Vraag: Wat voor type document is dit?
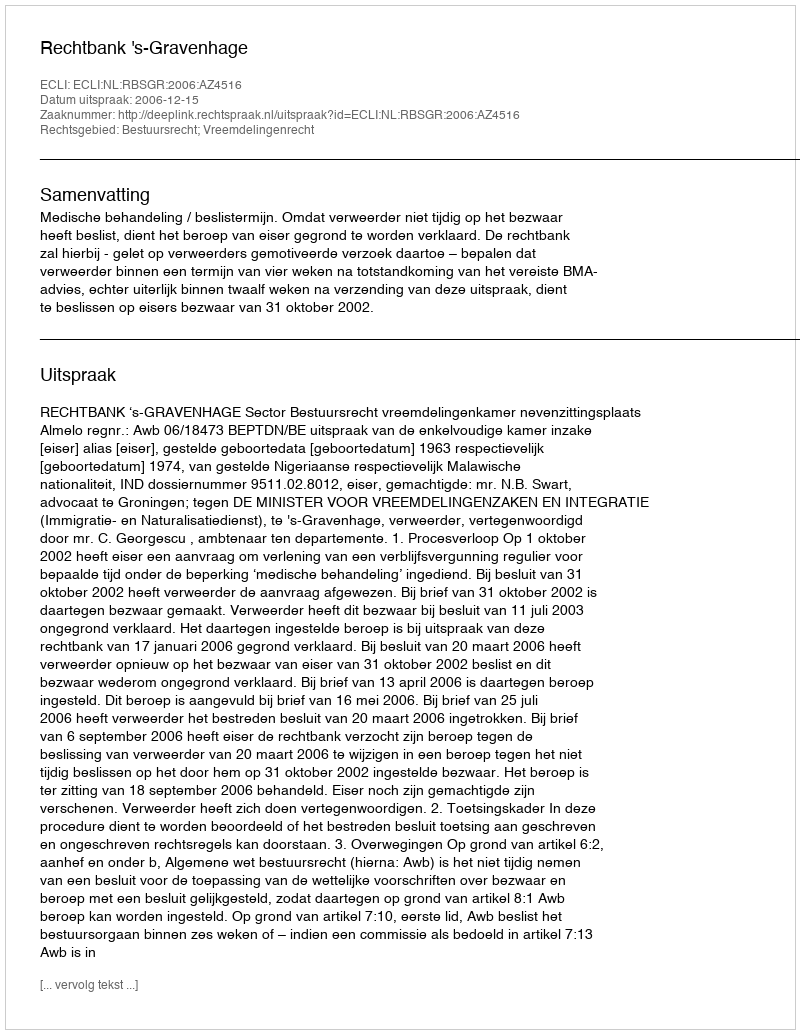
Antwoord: Uitspraak